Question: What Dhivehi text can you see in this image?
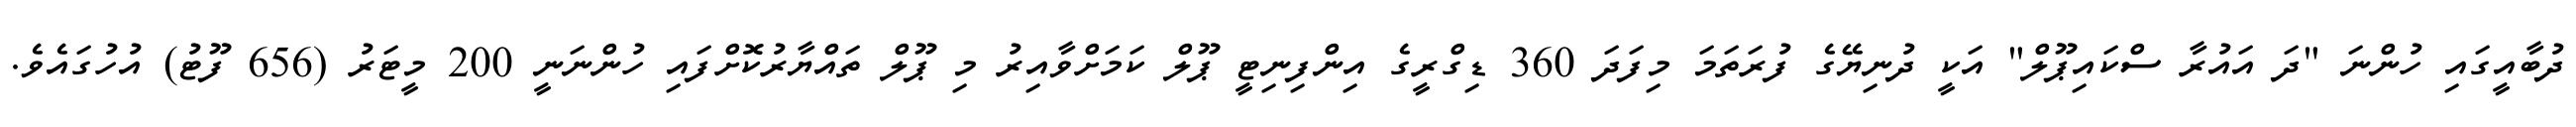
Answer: ދުބާއީގައި ހުންނަ "ދަ އައުރާ ސްކައިޕޫލް" އަކީ ދުނިޔޭގެ ފުރަތަމަ މިފަދަ 360 ޑިގްރީގެ އިންފިނިޓީ ޕޫލް ކަމަށްވާއިރު މި ޕޫލް ތައްޔާރުކޮށްފައި ހުންނަނީ 200 މީޓަރު (656 ފޫޓު) އުހުގައެވެ.